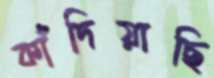
কাঁদিয়াছি